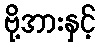
ဗို့အားနှင့်